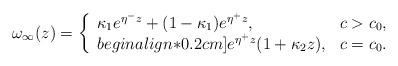
LaTeX: \begin{align*} \omega_\infty(z)= \left\{ \begin{array}{ll} \kappa_1 e^{\eta^-z}+(1-\kappa_1)e^{\eta^+z}, & c>c_0, \\begin{align*}0.2cm] e^{\eta^+z}(1+\kappa_2z), & c=c_0. \end{array} \right.\end{align*}